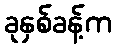
ခုနှစ်ခန့်က